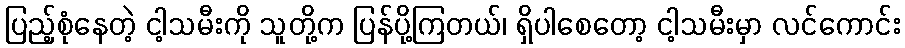
ပြည့်စုံနေတဲ့ ငါ့သမီးကို သူတို့က ပြန်ပို့ကြတယ်၊ ရှိပါစေတော့ ငါ့သမီးမှာ လင်ကောင်း